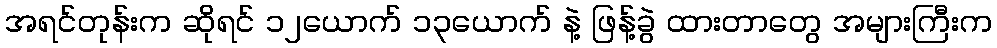
အရင်တုန်းက ဆိုရင် ၁၂ယောက် ၁၃ယောက် နဲ့ ဖြန့်ခွဲ ထားတာတွေ အများကြီးက